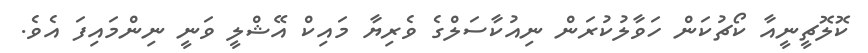
ކޮލޮޗީނީއާ ކޯޗުކަން ހަވާލުކުރަން ނިއުކާސަލްގެ ވެރިޔާ މައިކް އޭޝްލީ ވަނީ ނިންމަައިފަ އެވެ.